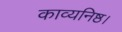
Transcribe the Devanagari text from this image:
काव्यनिष्ठ।